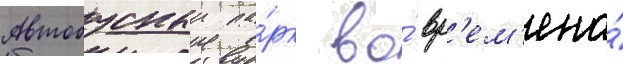
Автобусныи па́рк во́ вр'ем'ена́